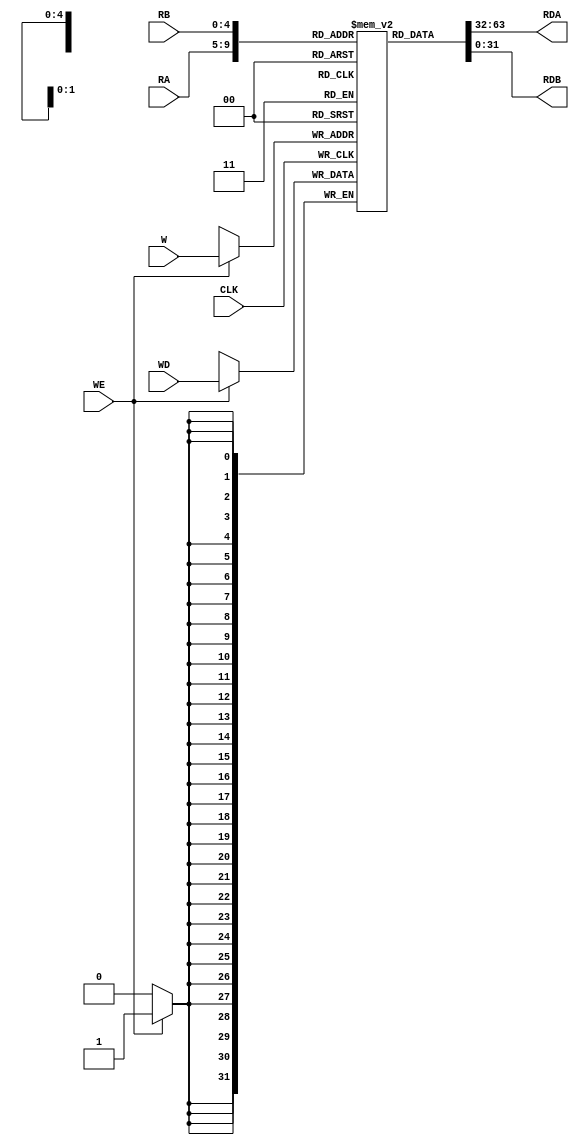

module RegFile(
	input WE, CLK,
	input [4:0] RA, RB, W,
	input [31:0] WD,
	output [31:0] RDA, RDB
);

	reg [31:0] RegFile [31:0];
	reg [5:0] i;
	
	always @(posedge CLK)
		if(WE) 
			RegFile[W] <= WD;
	
	assign RDA = RegFile[RA];
	assign RDB = RegFile[RB];
	
	initial 
	begin
		for (i = 0; i < 32; i = i + 1)
			RegFile[i] = 32'd0;
	end

endmodule